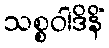
သစ္စဝါဒိနိံ